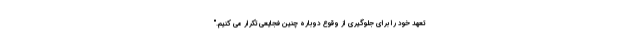
تعهد خود را برای جلوگیری از وقوع دوباره چنین فجایعی تکرار می کنیم."